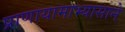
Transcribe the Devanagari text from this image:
प्राणायामाभ्यासाने